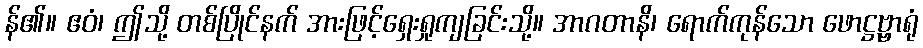
န်၏။ ဧဝံ၊ ဤသို့ တစ်ပြိုင်နက် အားဖြင့်ရှေးရှုကျခြင်းသို့။ အာဂတာနိ၊ ရောက်ကုန်သော ဖောဋ္ဌဗ္ဗ္ဗာရုံ